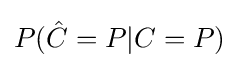
P({\hat {C}}=P|C=P)